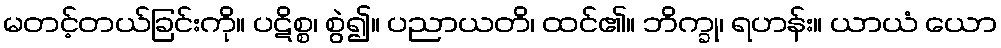
မတင့်တယ်ခြင်းကို။ ပဋိစ္စ၊ စွဲ၍။ ပညာယတိ၊ ထင်၏။ ဘိက္ခု၊ ရဟန်း။ ယာယံ ယော